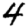
Digit: 4